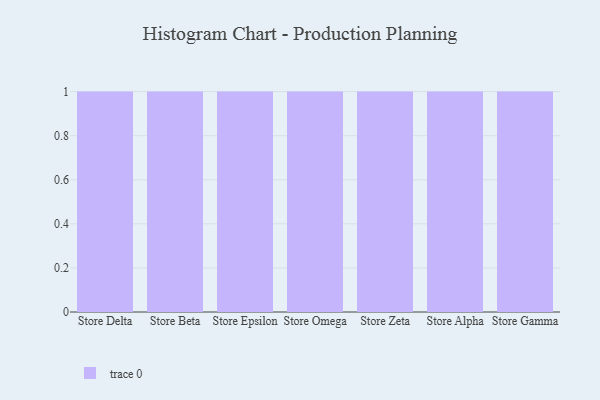
{"axis": {"x": "Store", "y": "Inventory Turnover"}, "legend": [""], "data": [{"x": "Store Delta", "y": 45, "type": ""}, {"x": "Store Beta", "y": 8, "type": ""}, {"x": "Store Epsilon", "y": 9, "type": ""}, {"x": "Store Omega", "y": 35, "type": ""}, {"x": "Store Zeta", "y": 4, "type": ""}, {"x": "Store Alpha", "y": 5, "type": ""}, {"x": "Store Gamma", "y": 55, "type": ""}]}